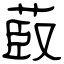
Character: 菣